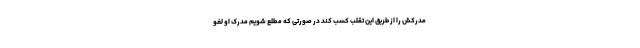
مدرکش را از طریق این تقلب کسب کند در صورتی که مطلع شویم مدرک او لغو